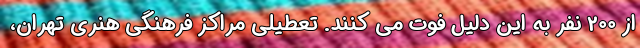
از 200 نفر به این دلیل فوت می کنند. تعطیلی مراکز فرهنگی هنری تهران،